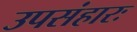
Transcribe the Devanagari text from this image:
उपसंहारः